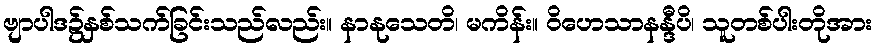
ဗျာပါဒ၌နှစ်သက်ခြင်းသည်လည်း။ နာနုသေတိ၊ မကိန်း။ ဝိဟေသာနန္ဒီပိ၊ သူတစ်ပါးတိုအား